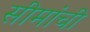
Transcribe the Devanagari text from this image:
सीमांची